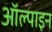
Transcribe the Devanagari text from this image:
ऑल्पाइन